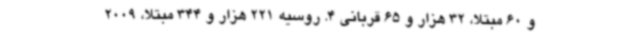
و 60 مبتلا، 32 هزار و 65 قربانی 4. روسیه 221 هزار و 344 مبتلا، 2009